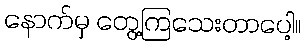
နောက်မှ တွေ့ကြသေးတာပေါ့။